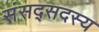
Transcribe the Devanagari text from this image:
संसद्सदस्य